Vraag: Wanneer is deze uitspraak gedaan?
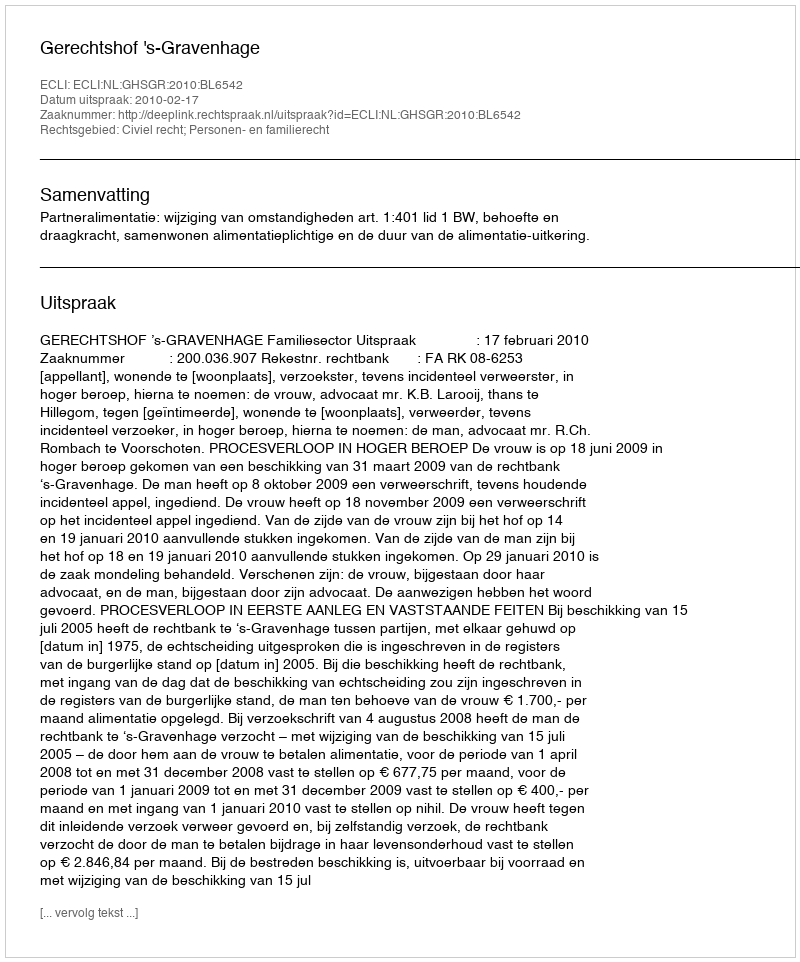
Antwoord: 2010-02-17